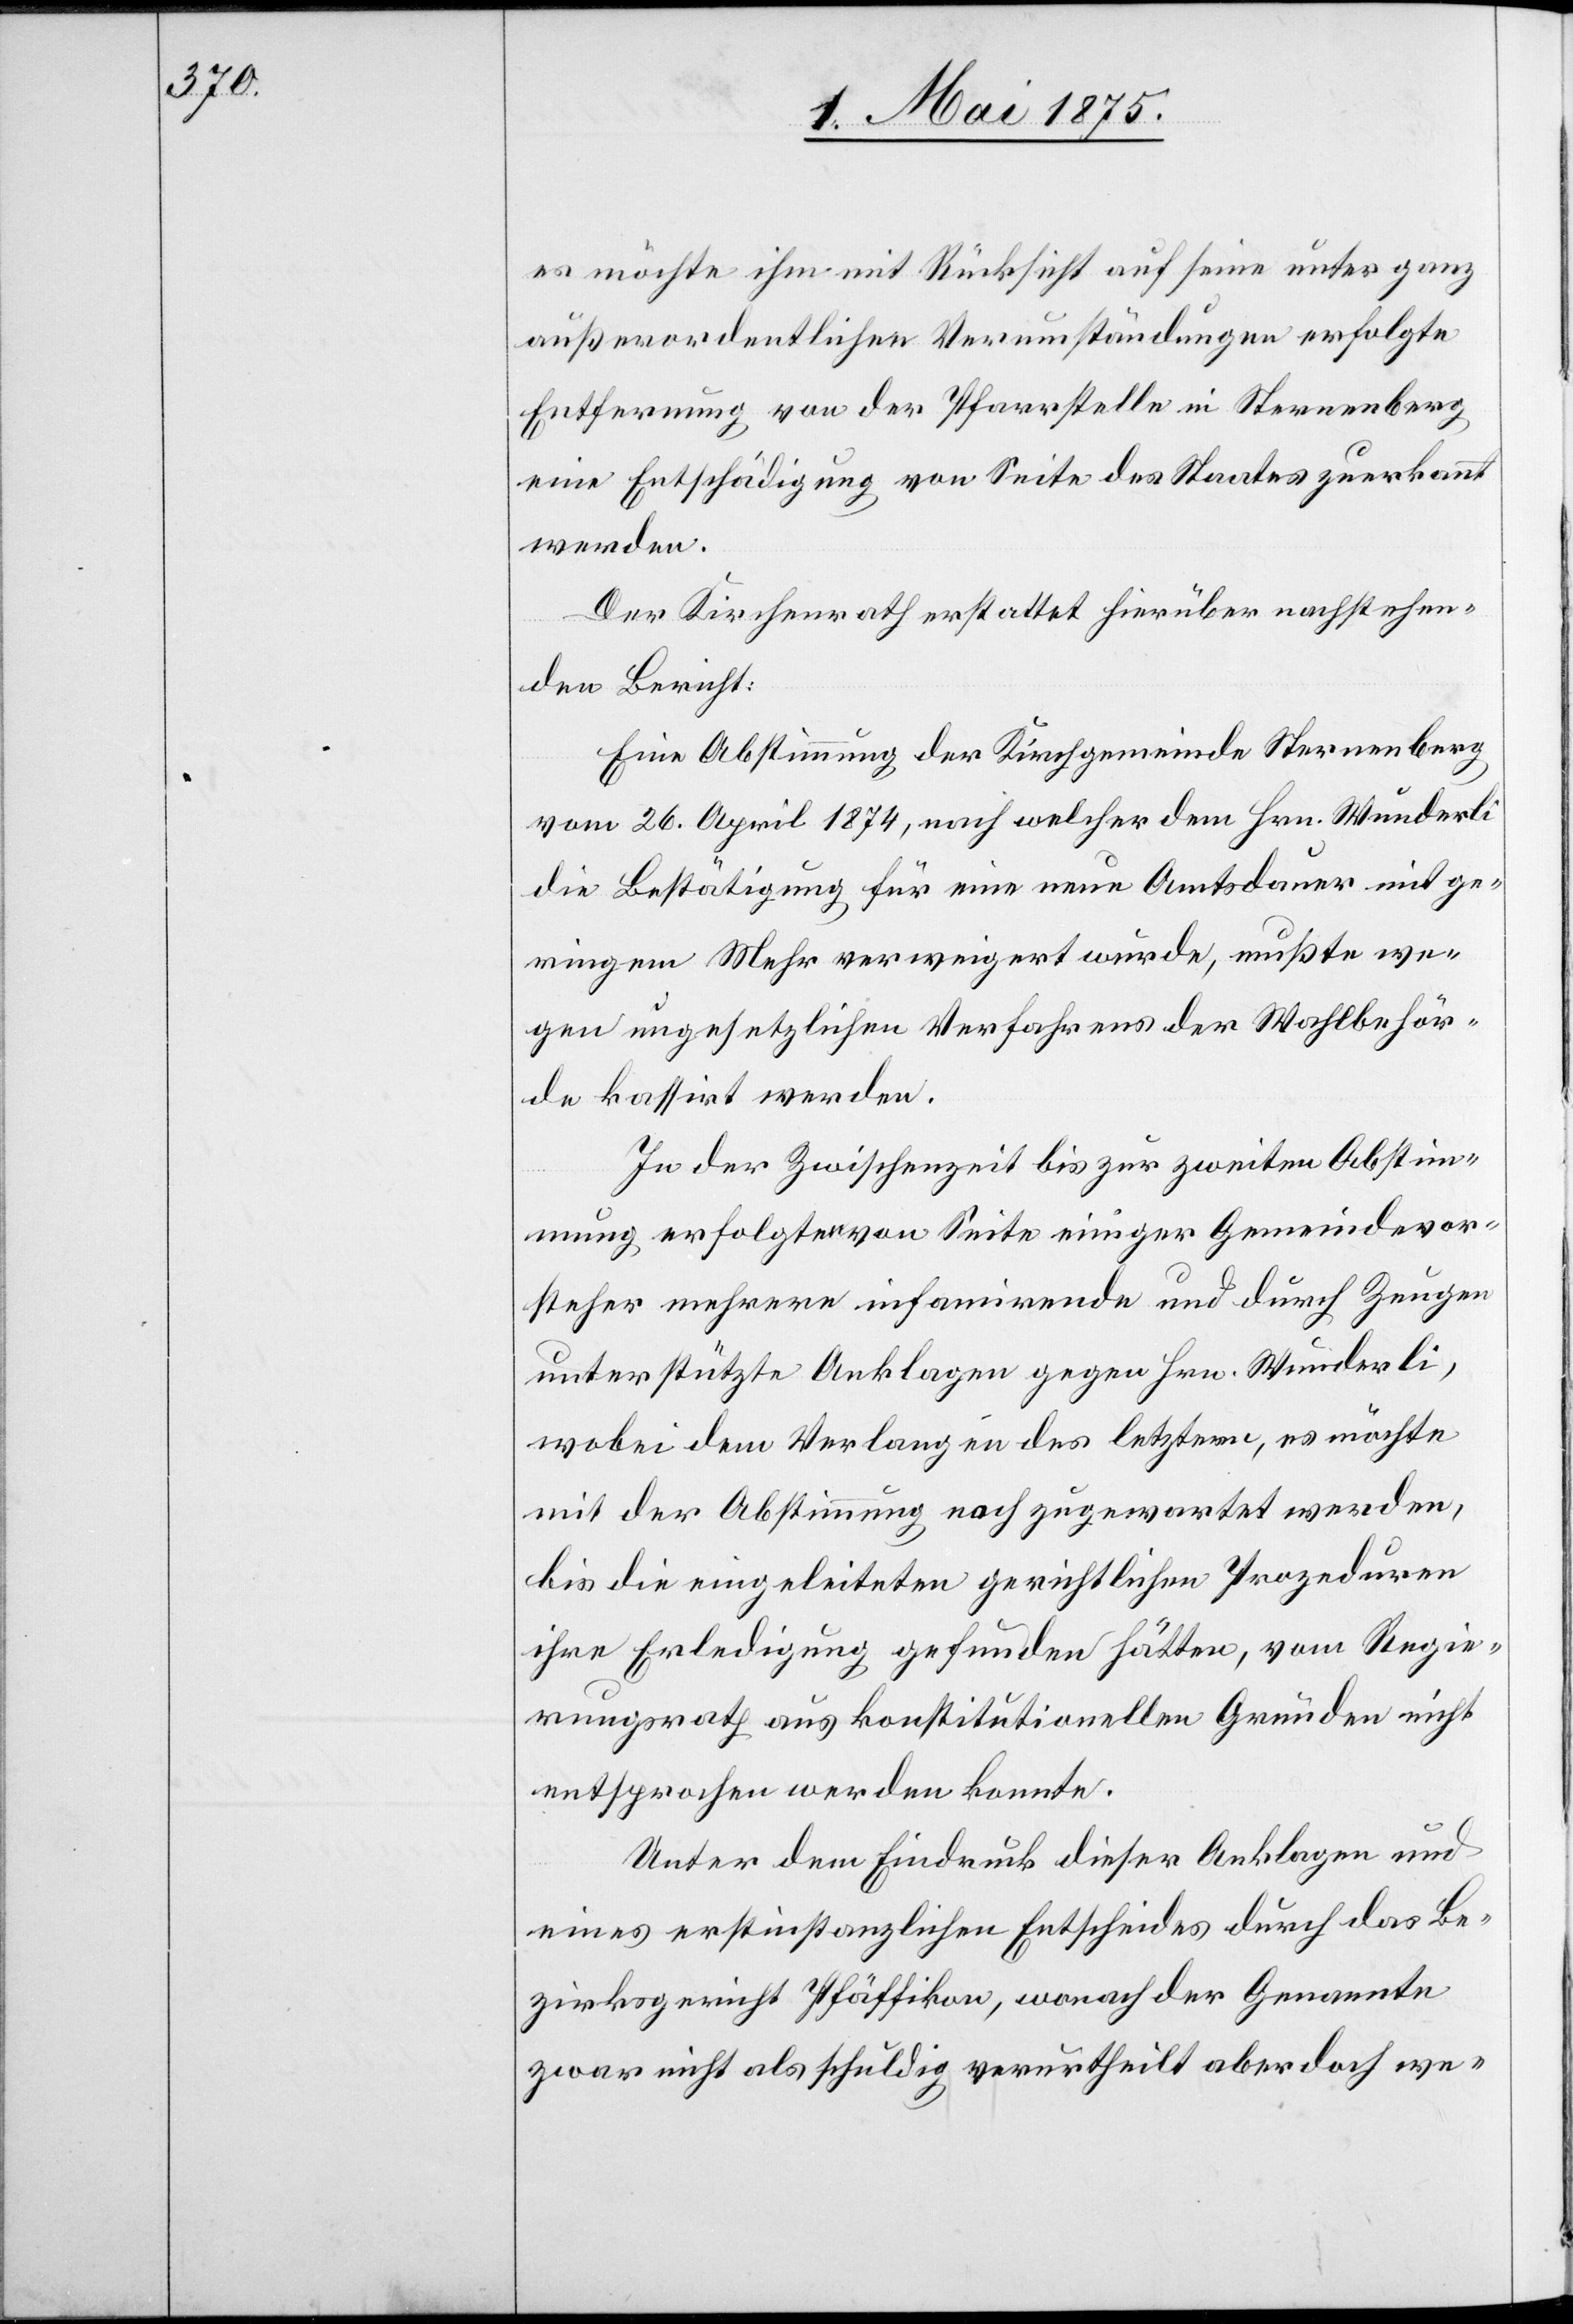
es möchte ihm mit Rücksicht auf seine unter ganz
außerordentlichen Verumständungen erfolgte
Entfernung von der Pfarrstelle in Sternenberg
eine Entschädigung von Seite des Staates zuerkannt
werden.
Der Kirchenrath erstattet hierüber nachstehen¬
den Bericht:
Eine Abstimmung der Kirchgemeinde Sternenberg
vom 26. April 1874, nach welcher dem Hrn. Wunderli
die Bestätigung für eine neue Amtsdauer mit ge¬
ringem Mehr verweigert wurde, mußte we¬
gen ungesetzlichen Verfahrens der Wahlbehör¬
de kassirt werden.
In der Zwischenzeit bis zur zweiten Abstim¬
mung erfolgten von Seite einiger Gemeindevor¬
steher mehrere informirende und durch Zeugen
unterstützte Anklagen gegen Hrn. Wunderli,
wobei dem Verlangen des letztern, es möchte
mit der Abstimmung noch zugewartet werden,
bis die eingeleiteten gerichtlichen Prozeduren
ihre Erledigung gefunden hätten, vom Regie¬
rungsrath, aus konstitutionellen Gründen nicht
entsprochen werden konnte.
Unter dem Eindruck dieser Anklage und
eines erstinstanzlichen Entscheides durch das Be¬
zirksgericht Pfäffikon, wonach der Genannte
zwar nicht als schuldig verurtheilt aber doch we-